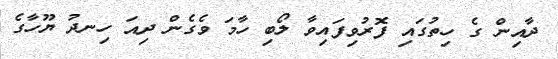
ދާއިން ގެ ހިތުގައި ފޮރުވިފައިވާ ލޯބި ހާމަ ވެގެން ދިއަ ހިނދު ޔޫހާގެ